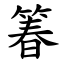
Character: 箺